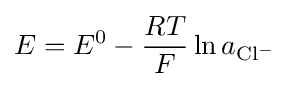
E=E^{0}-{\frac {RT}{F}}\ln a_{{\ce {Cl-}}}